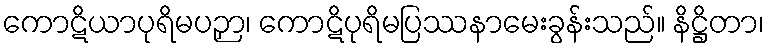
ကောဋိယာပုရိမပဉှာ၊ ကောဋိပုရိမပြဿနာမေးခွန်းသည်။ နိဋ္ဌိတာ၊